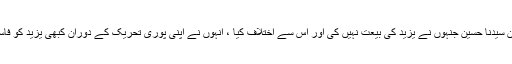
ایسی باتیں مخالفین ہی کرتے ہیں لیکن سیدنا حسینؓ جنہوں نے یزید کی بیعت نہیں کی اور اس سے اختلاف کیا ، انہوں نے اپنی پوری تحریک کے دوران کبھی یزید کو فاسق و فاجر ، زانی و شرابی نہیں کہا ۔